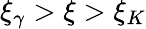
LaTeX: \xi_{\gamma}>\xi>\xi_{K}